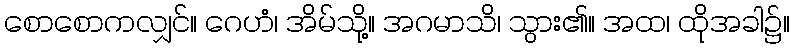
စောစောကလျှင်။ ဂေဟံ၊ အိမ်သို့။ အဂမာသိ၊ သွား၏။ အထ၊ ထိုအခါ၌။